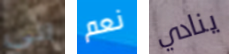
آتى نعم ينادي